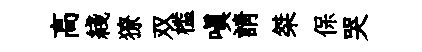
高綫獠双槛嗔請桀保哭